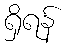
ရှိရန်